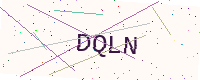
Text: DQLN